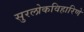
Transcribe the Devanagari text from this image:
सुरलोकविहारिणे